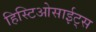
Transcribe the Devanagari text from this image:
हिस्टिओसाईट्स